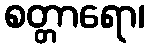
စတ္တာရော၊